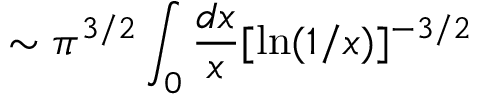
\sim \pi ^ { 3 / 2 } \int _ { 0 } { \frac { d x } { x } } [ \ln ( 1 / x ) ] ^ { - 3 / 2 }